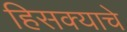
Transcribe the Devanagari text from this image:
हिसक्याचे